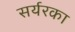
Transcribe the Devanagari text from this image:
सर्यरका